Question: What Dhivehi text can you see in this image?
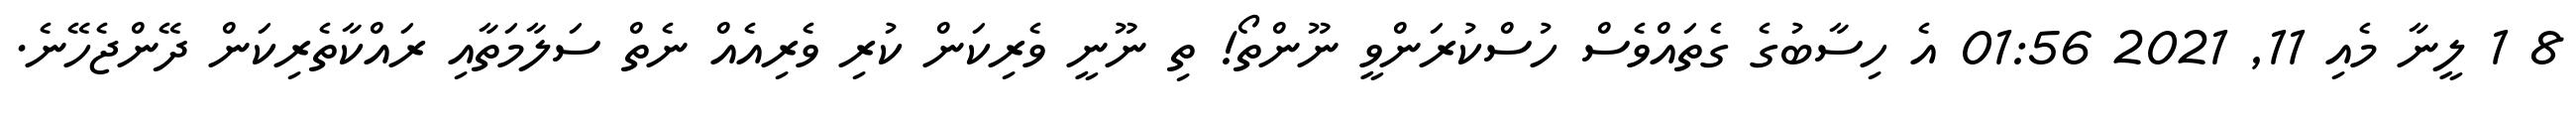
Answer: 8 1 ލީނާ މެއި 11, 2021 01:56 އެ ހިސާބުގެ ގެތައްވެސް ހުސްކުރަންވީ ނޫންތޯ! ތި ނޫނީ ވެރިކަން ކުރި ވެރިއެއް ނެތް ސަލާމަތާއި ރައްކާތެރިކަން ދޭންޖެހޭނެ.